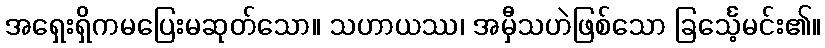
အရှေးရှိကမပြေးမဆုတ်သော။ သဟာယဿ၊ အမှီသဟဲဖြစ်သော ခြင်္သေ့မင်း၏။